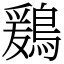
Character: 鶢